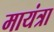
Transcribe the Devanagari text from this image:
मायंत्रा